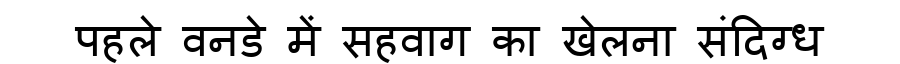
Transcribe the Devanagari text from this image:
पहले वनडे में सहवाग का खेलना संदिग्ध